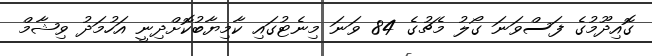
ގޮއިދޫމުގެ ފަސްވަނަ ގޯލު މެޗުގެ 84 ވަނަ މިނެޓުގައި ކާމިޔާބުކޮށްދިނީ އަހުމަދު ވިޝާމް